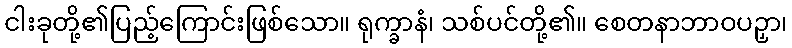
ငါးခုတို့၏ပြည့်ကြောင်းဖြစ်သော။ ရုက္ခာနံ၊ သစ်ပင်တို့၏။ စေတနာဘာဝပဉှာ၊